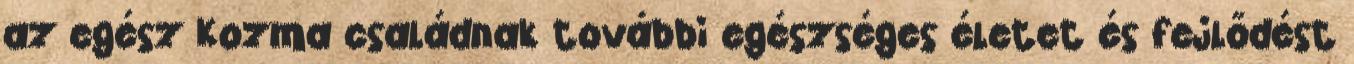
az egész Kozma családnak további egészséges életet és fejlődést